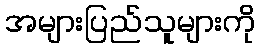
အများပြည်သူများကို